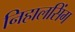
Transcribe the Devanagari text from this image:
निहालसिंग